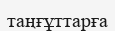
таңғұттарға